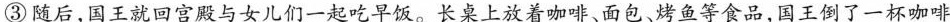
③随后，国王就回宫殿与女儿们一起吃早饭。长桌上放着咖啡、面包、烤鱼等食品，国王倒了一杯咖啡